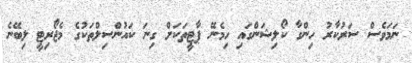
ނަމަވެސް ސަރުކާރު ހިންގާ ކޯލިޝަންގައި ހިމެނޭ ޕާޓީތަކަށް ގިނަ ކައުންސިލްތަކުގެ މެޖޯރިޓީ ލިބޭނެ